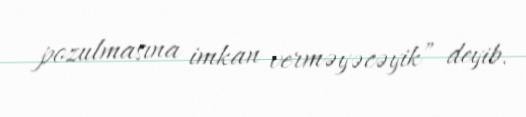
pozulmasına imkan verməyəcəyik” deyib.